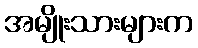
အမျိုးသားများက